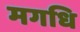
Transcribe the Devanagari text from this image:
मगधि